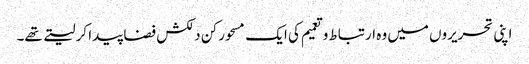
اپنی تحریروں میں وہ ارتباط و تعمیم کی ایک مسحور کن دلکش فضا پیدا کر لیتے تھے۔